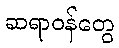
ဆရာဝန်တွေ